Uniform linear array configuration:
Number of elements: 12
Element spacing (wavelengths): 0.75
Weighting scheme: blackman
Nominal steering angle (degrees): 15
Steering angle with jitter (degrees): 16.187
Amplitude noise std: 0.05
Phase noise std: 0.05

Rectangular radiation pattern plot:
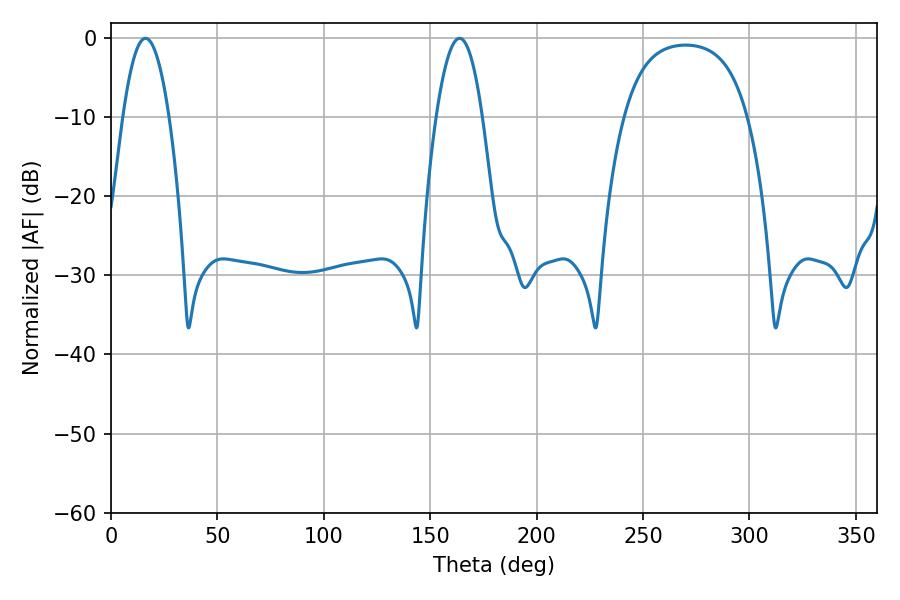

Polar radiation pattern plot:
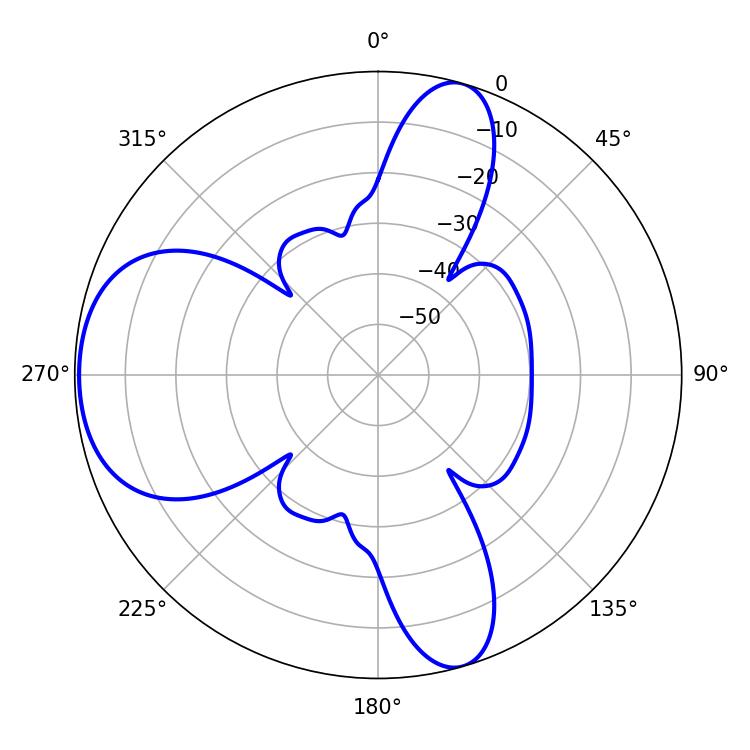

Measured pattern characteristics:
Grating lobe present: TRUE
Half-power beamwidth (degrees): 12.06
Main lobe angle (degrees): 16.2